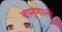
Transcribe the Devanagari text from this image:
बामुणाली